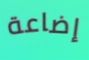
إضاعة